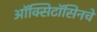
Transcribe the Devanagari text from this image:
ऑक्सिटॉसिनचे